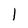
Character: 1